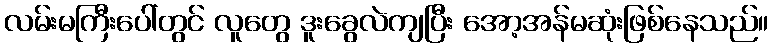
လမ်းမကြီးပေါ်တွင် လူတွေ ဒူးခွေလဲကျပြီး အော့အန်မဆုံးဖြစ်နေသည်။